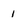
Character: 1